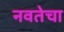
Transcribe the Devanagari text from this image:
नवतेचा